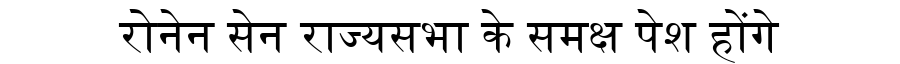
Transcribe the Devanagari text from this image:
रोनेन सेन राज्यसभा के समक्ष पेश होंगे